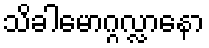
သိခါမောဂ္ဂလ္လာနော